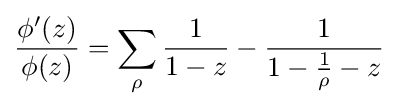
{\frac {\phi '(z)}{\phi (z)}}=\sum _{\rho }{{\frac {1}{1-z}}-{\frac {1}{1-{\frac {1}{\rho }}-z}}}